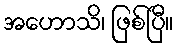
အဟောသိ၊ ဖြစ်ပြီ။